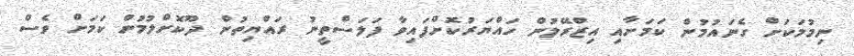
ނިމުމަކަށް ގެނައުމުން ކަމަށާއި އިޒްރޭލުން ހައްޔަރުކޮށްފައިވާ ފަލަސްތީނު ރައްޔިތުން ދޫކޮށްލުމުން ކަމަށް ވެސް